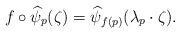
LaTeX: \begin{align*}f\circ\widehat\psi_p(\zeta)=\widehat\psi_{f(p)}(\lambda_p \cdot \zeta).\end{align*}